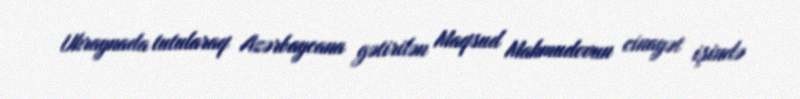
Ukraynada tutularaq Azərbaycana gətirilən Maqsud Mahmudovun cinayət işində